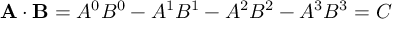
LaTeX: \mathbf { A } \cdot \mathbf { B } = A ^ { 0 } B ^ { 0 } - A ^ { 1 } B ^ { 1 } - A ^ { 2 } B ^ { 2 } - A ^ { 3 } B ^ { 3 } = C